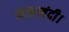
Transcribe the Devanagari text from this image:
नजरबंदी।